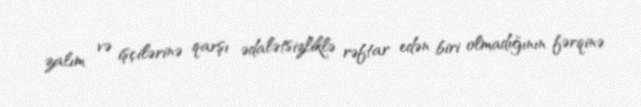
zalım və işçilərinə qarşı ədalətsizliklə rəftar edən biri olmadığının fərqinə